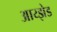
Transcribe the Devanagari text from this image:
आय्झेड